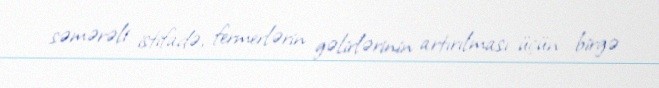
səmərəli istifadə, fermerlərin gəlirlərinin artırılması üçün birgə